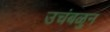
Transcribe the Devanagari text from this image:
उचंबळुन